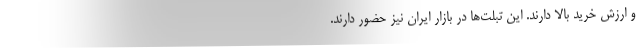
و ارزش خرید بالا دارند. این تبلت‌ها در بازار ایران نیز حضور دارند.